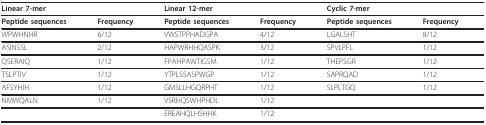
<table><thead><tr><td colspan="2"><b>Linear 7-mer</b></td><td colspan="2"><b>Linear 12-mer</b></td><td colspan="2"><b>Cyclic 7-mer</b></td></tr></thead><tbody><tr><td><b>Peptide sequences</b></td><td><b>Frequency</b></td><td><b>Peptide sequences</b></td><td><b>Frequency</b></td><td><b>Peptide sequences</b></td><td><b>Frequency</b></td></tr><tr><td>WPWHNHR</td><td>6/12</td><td>VWSTPPHADGPA</td><td>4/12</td><td>LGALSHT</td><td>8/12</td></tr><tr><td>ASINSSL</td><td>2/12</td><td>HAPWRHHQASPK</td><td>3/12</td><td>SPVLPFL</td><td>1/12</td></tr><tr><td>QSERAIQ</td><td>1/12</td><td>FPAHPAWTIGSM</td><td>1/12</td><td>THEPSGR</td><td>1/12</td></tr><tr><td>TSLPTIV</td><td>1/12</td><td>YTPLSSASPWGP</td><td>1/12</td><td>SAPRQAD</td><td>1/12</td></tr><tr><td>AFSYHIH</td><td>1/12</td><td>GMSLLHGQRPHT</td><td>1/12</td><td>SLPLTGQ</td><td>1/12</td></tr><tr><td>NMWQALN</td><td>1/12</td><td>VSRHQSWHPHDL</td><td>1/12</td><td></td><td></td></tr><tr><td></td><td></td><td>EREAHQLHSHHK</td><td>1/12</td><td></td><td></td></tr></tbody></table>